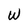
Character: W